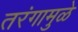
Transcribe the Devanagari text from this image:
तरंगामुळे